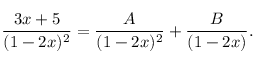
{ \frac { 3 x + 5 } { ( 1 - 2 x ) ^ { 2 } } } = { \frac { A } { ( 1 - 2 x ) ^ { 2 } } } + { \frac { B } { ( 1 - 2 x ) } } .